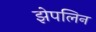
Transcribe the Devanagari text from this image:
झेपलिन